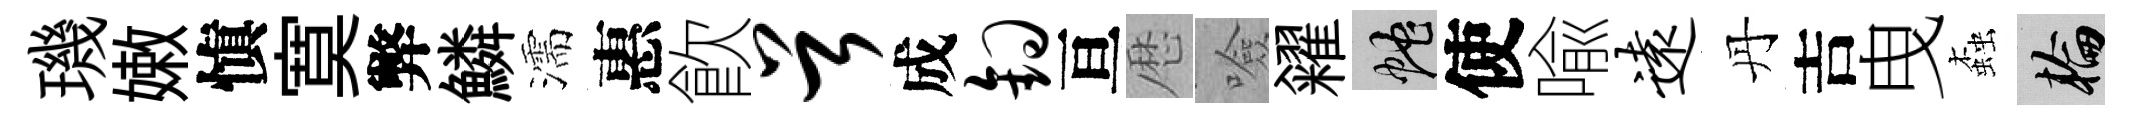
璣嫩愼寞弊鱗濡惠飮首成钩亘厯噞糴蛇使喩远丹吉曳螙輪